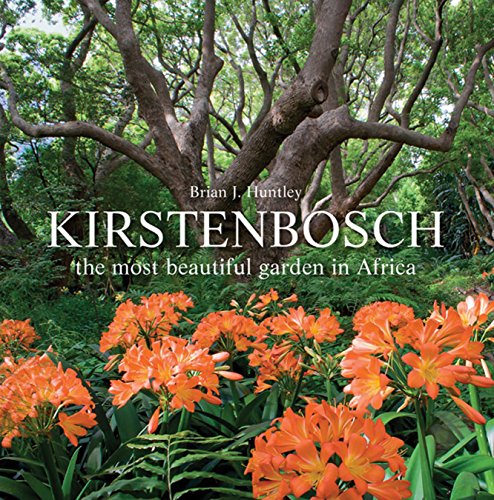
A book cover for Kirstenbosch: The Most Beautiful Garden in Africa; Brian J. Huntley; Travel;